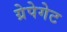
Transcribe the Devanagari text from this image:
ग्रेपेगेट